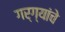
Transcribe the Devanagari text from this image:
गर्ग्यांचे